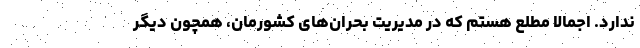
ندارد. اجمالاً مطلع هستم که در مدیریت بحران‌های کشورمان، همچون دیگر